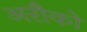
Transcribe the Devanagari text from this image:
अरौको